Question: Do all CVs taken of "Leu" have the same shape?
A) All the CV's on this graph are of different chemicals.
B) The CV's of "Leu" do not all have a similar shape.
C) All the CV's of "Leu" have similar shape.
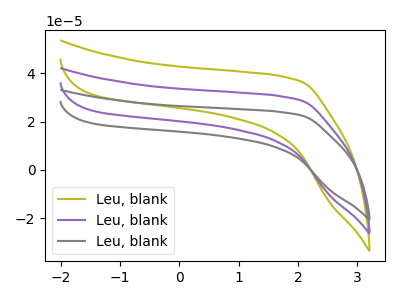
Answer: <think>The olive curve "Leu, blank1" has no peaks. The purple curve "Leu, blank2" has no peaks. The gray curve "Leu, blank3" has no peaks.
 Neither "Leu, blank1" or "Leu, blank2" have any peaks. Neither "Leu, blank1" or "Leu, blank3" have any peaks. Neither "Leu, blank2" or "Leu, blank3" have any peaks.</think>
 <answer>C) All the CV's of "Leu" have similar shape.</answer>
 <eval>C</eval>